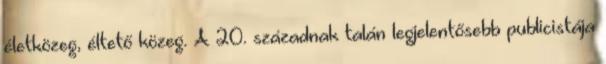
életközeg, éltető közeg. A 20. századnak talán legjelentősebb publicistája